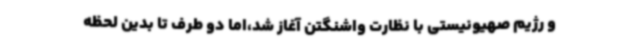
و رژیم صهیونیستی با نظارت واشنگتن آغاز شد،اما دو طرف تا بدین لحظه